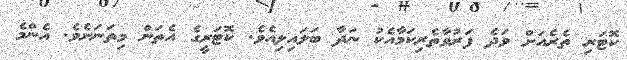
ކޮޓަރި ތެރެއަށް ވަދެ ފަރުވާތެރިކަމާއެކު ނަދާ ބަލައިލިއެވެ. ކޮޓަރީގެ އެތަން މިތަނަށެވެ. އެންމެ